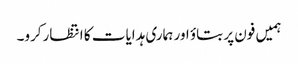
ہمیں فون پر بتاؤ اور ہماری ہدایات کا انتظارکرو۔